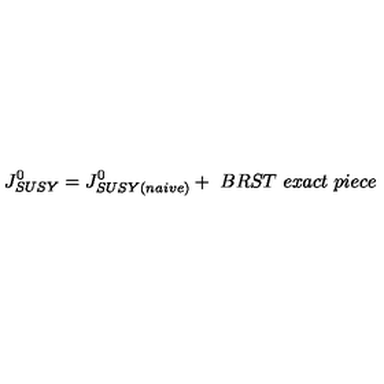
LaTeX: J _ { S U S Y } ^ { 0 } = J _ { S U S Y ( n a i v e ) } ^ { 0 } + \ B R S T \ e x a c t \ p i e c e